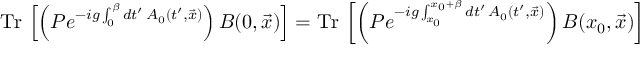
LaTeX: \mathrm { T r } \, \left[ \left( P e ^ { - i g \int _ { 0 } ^ { \beta } d t ^ { \prime } \, A _ { 0 } ( t ^ { \prime } , \vec { x } ) } \right) B ( 0 , \vec { x } ) \right] = \mathrm { T r } \, \left[ \left( P e ^ { - i g \int _ { x _ { 0 } } ^ { x _ { 0 } + \beta } d t ^ { \prime } \, A _ { 0 } ( t ^ { \prime } , \vec { x } ) } \right) B ( x _ { 0 } , \vec { x } ) \right]